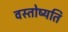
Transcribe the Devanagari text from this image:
वस्तोष्यति